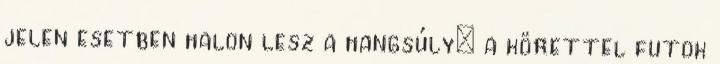
jelen esetben halon lesz a hangsúly: a körettel futok